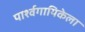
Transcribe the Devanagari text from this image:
पार्श्वगायिकेला